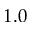
1 . 0